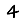
Digit: 4